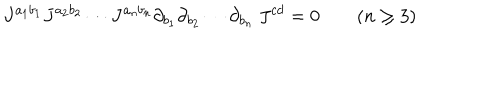
J ^ { a _ { 1 } b _ { 1 } } J ^ { a _ { 2 } b _ { 2 } } \cdots J ^ { a _ { n } b _ { n } } \partial _ { b _ { 1 } } \partial _ { b _ { 2 } } \cdots \partial _ { b _ { n } } \ J ^ { c d } = 0 \qquad ( n \geq 3 )